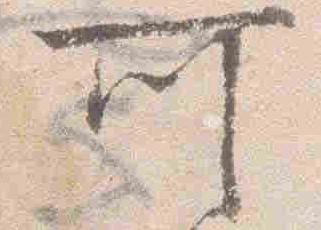
所